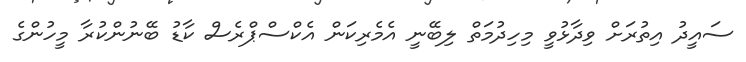
ސައީދު އިތުރަށް ވިދާޅުވީ މިހިދުމަތް ލިބޭނީ އެމެރިކަން އެކްސްޕްރެސް ކާޑު ބޭނުންކުރާ މީހުންގެ